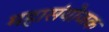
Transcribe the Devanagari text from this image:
महासंयोजक